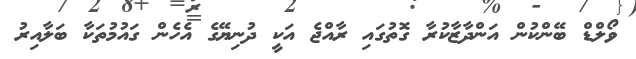
ވޯލްޑް ބޭންކުން އަންދާޒާކުރާ ގޮތުގައި ރާއްޖެ އަކީ ދުނިޔޭގެ އެހެން ގައުމުތަކާ ބަލާއިރު